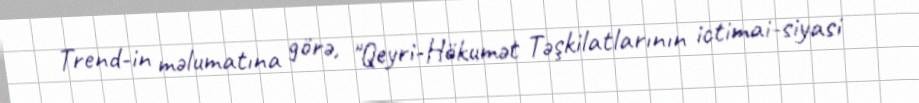
Trend-in məlumatına görə, "Qeyri-Hökumət Təşkilatlarının ictimai-siyasi